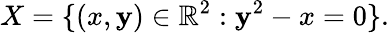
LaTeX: X=\{ (x,\mathbf{y})\in\mathbb{{R}}^{2}:\mathbf{y}^{2}-x=0\} .